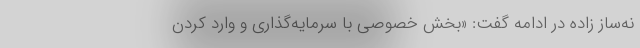
نه‌ساز زاده در ادامه گفت: «بخش خصوصی با سرمایه‌گذاری و وارد کردن